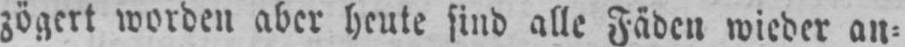
zögert worden aber heute find alle Fäden wieder an⸗